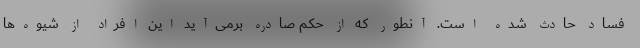
فساد حادث شده است. آنطور که از حکم صادره برمی‌آید این افراد از شیوه‌ها